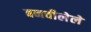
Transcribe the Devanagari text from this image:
बनवीलेले